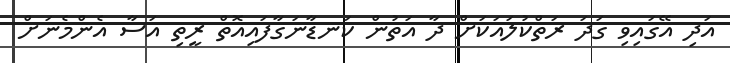
އަދި އޭގައިވި ގަދަ ރަތްކުލައަކަށް ދާ އަތުން ކަނޑާނަގާފައިއޮތް ރީތި އަސާ އެންމެނަށް